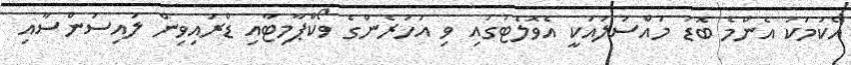
އެކަމަކު އެންމެ ބޮޑު މައްސަލައަކީ އެވޮލެޓުގައި ވި އަހަރެންގެ ވޯކްޕާމިޓާއި ޑްރައިވިން ލައިސަންސާއި